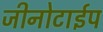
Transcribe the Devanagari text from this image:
जीनोटाईप